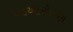
પદઆરોહણ